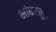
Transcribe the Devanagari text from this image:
भांबरभुतें